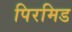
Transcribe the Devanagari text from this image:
पिरमिड